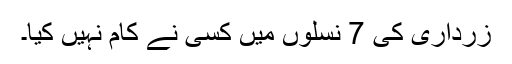
زرداری کی 7 نسلوں میں کسی نے کام نہیں کیا۔